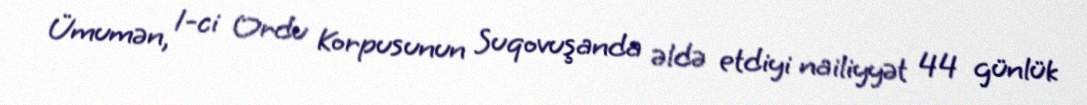
Ümumən, 1-ci Ordu Korpusunun Suqovuşanda əldə etdiyi nailiyyət 44 günlük